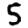
Digit: 5